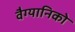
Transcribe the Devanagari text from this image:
वैग्यानिको